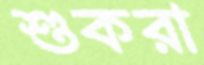
শুকরা